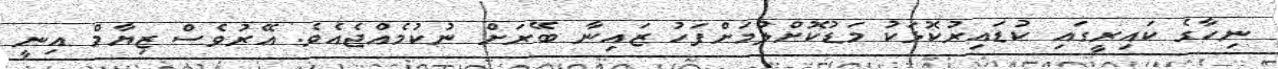
ނިހާގެ ކައިރީގައި ކުޑައިރުކޮޅަކު މަޑުކޮށްލުމަށްފަހު ޒައިނާ ބޭރަށް ނުކުމެއްޖެއެވެ. އޭރުވެސް ޒިޔާމް އިނީ